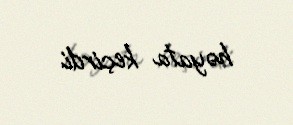
həyata keçirdi.